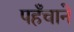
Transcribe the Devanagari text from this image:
पहँचाने